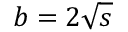
b = 2 \sqrt { s }